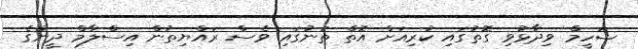
ޝަހީމް ވިދާޅުވި ގޮތުގައި ކުރިއަށް އޮތް ތަނުގައި ވެސް ރައްޔިތުން އިސްލާމް ދީނުގެ